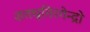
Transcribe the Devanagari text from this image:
शतधृतिरगेन्द्रो